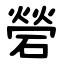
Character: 䃕